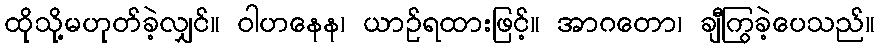
ထိုသို့မဟုတ်ခဲ့လျှင်။ ဝါဟနေန၊ ယာဉ်ရထားဖြင့်။ အာဂတော၊ ချီကြွခဲ့ပေသည်။